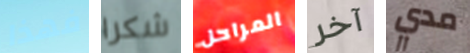
فهذا شكرا المراحل آخر مدي